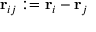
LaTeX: \mathbf { r } _ { i j } : = \mathbf { r } _ { i } - \mathbf { r } _ { j }